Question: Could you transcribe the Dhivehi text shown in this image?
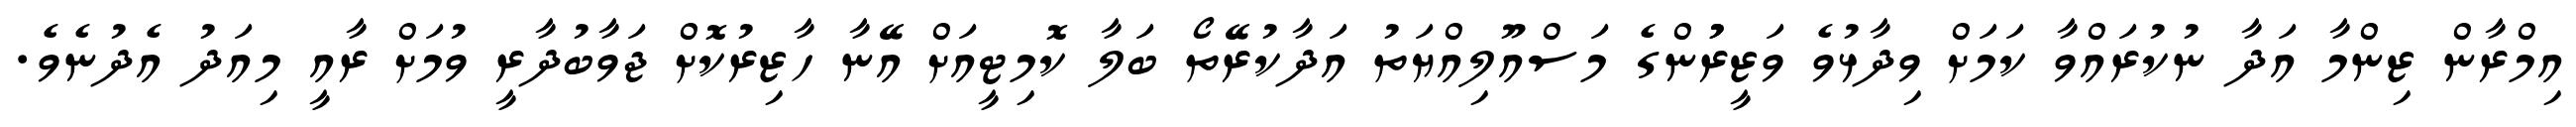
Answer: އިމްރާން ޒިންމާ އަދާ ނުކުރައްވާ ކަމަށް ވިދާޅުވެ ވަޒީރުުންގެ މަސްއޫލިއްޔަތު އަދާކުރޭތޯ ބަލާ ކޮމިޓީއަށް އޭނާ ހާޒިރުކޮށް ޖަވާބުދާރީ ވުމަށް ރާއީ މިއަދު އެދުނެވެ.